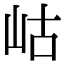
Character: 岵